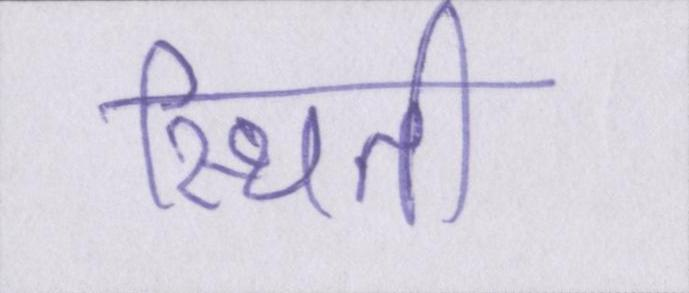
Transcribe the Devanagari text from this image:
स्थिती